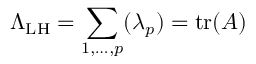
\Lambda _ { \mathrm { L H } } = \sum _ { 1 , \ldots , p } ( \lambda _ { p } ) = \operatorname { t r } ( A )